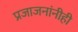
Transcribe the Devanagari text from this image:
प्रजाजनांनीही